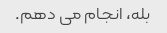
بله، انجام می دهم.